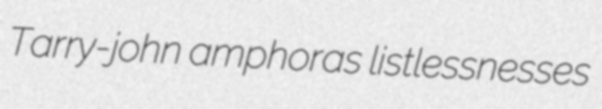
Tarry-john amphoras listlessnesses